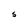
Character: S